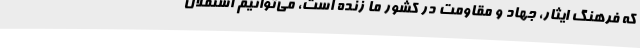
که فرهنگ ایثار، جهاد و مقاومت در کشور ما زنده است، می‌توانیم استقلال